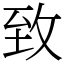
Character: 𦤶